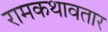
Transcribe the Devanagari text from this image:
रामकथावतार